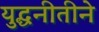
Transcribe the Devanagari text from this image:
युद्धनीतीने